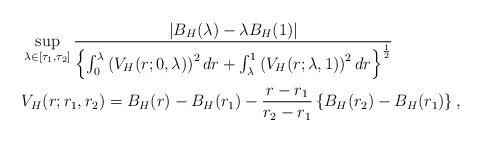
LaTeX: \begin{align*}&\sup\limits_{\lambda\in \left[\tau_1, \tau_2\right]}\frac{ \left|B_H(\lambda)-\lambda B_H(1)\right|}{\Bigl\{\int_0^{\lambda}\left(V_H(r; 0, \lambda)\right)^2dr+\int_{\lambda}^1 \left(V_H(r; \lambda, 1)\right)^2dr\Bigr\}^{\frac{1}{2}}}\\&V_H(r; r_1, r_2)=B_H(r)-B_H(r_1)-\frac{r-r_1}{r_2-r_1}\left\{B_H(r_2)-B_H(r_1)\right\},\end{align*}